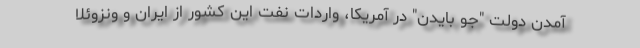
آمدن دولت "جو بایدن" در آمریکا، واردات نفت این کشور از ایران و ونزوئلا